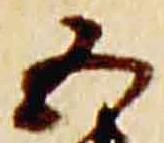
五